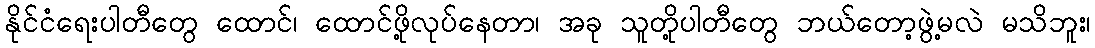
နိုင်ငံရေးပါတီတွေ ထောင်၊ ထောင်ဖို့လုပ်နေတာ၊ အခု သူတို့ပါတီတွေ ဘယ်တော့ဖွဲ့မလဲ မသိဘူး၊